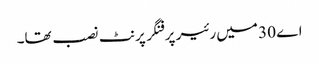
اے 30 میں رئیر پر فنگر پرنٹ نصب تھا۔